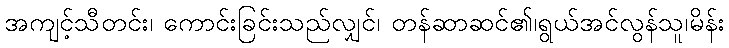
အကျင့်သီတင်း၊ ကောင်းခြင်းသည်လျှင်၊ တန်ဆာဆင်၏၊ရွယ်အင်လွန်သူ၊မိန်း